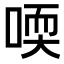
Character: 𠷀